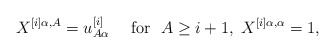
\begin{align*}X^{[i]\alpha , A}=u^{[i]}_{A\alpha} \quad \mbox{ for }\; A\geq i+1,\;X^{[i]\alpha , \alpha}=1, \end{align*}